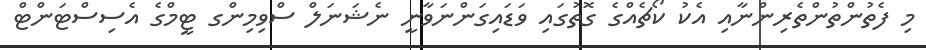
މި ފެތުންތުންތެރިންނާއި އެކު ކޯޗެއްގެ ގޮތުގައި ވަޑައިގަންނަވާނީ ނެޝަނަލް ސްވިމިންގ ޓީމްގެ އެސިސްޓަންޓް